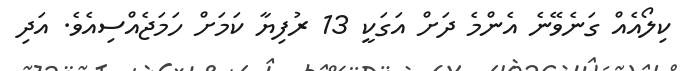
ކިލޯއެއް ގަނެވޭނެ އެންމެ ދަށް އަގަކީ 13 ރުފިޔާ ކަމަށް ހަމަޖެއްސިއެވެ. އަދި